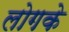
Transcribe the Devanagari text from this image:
लोगके